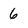
Character: 6